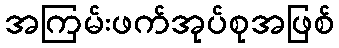
အကြမ်းဖက်အုပ်စုအဖြစ်